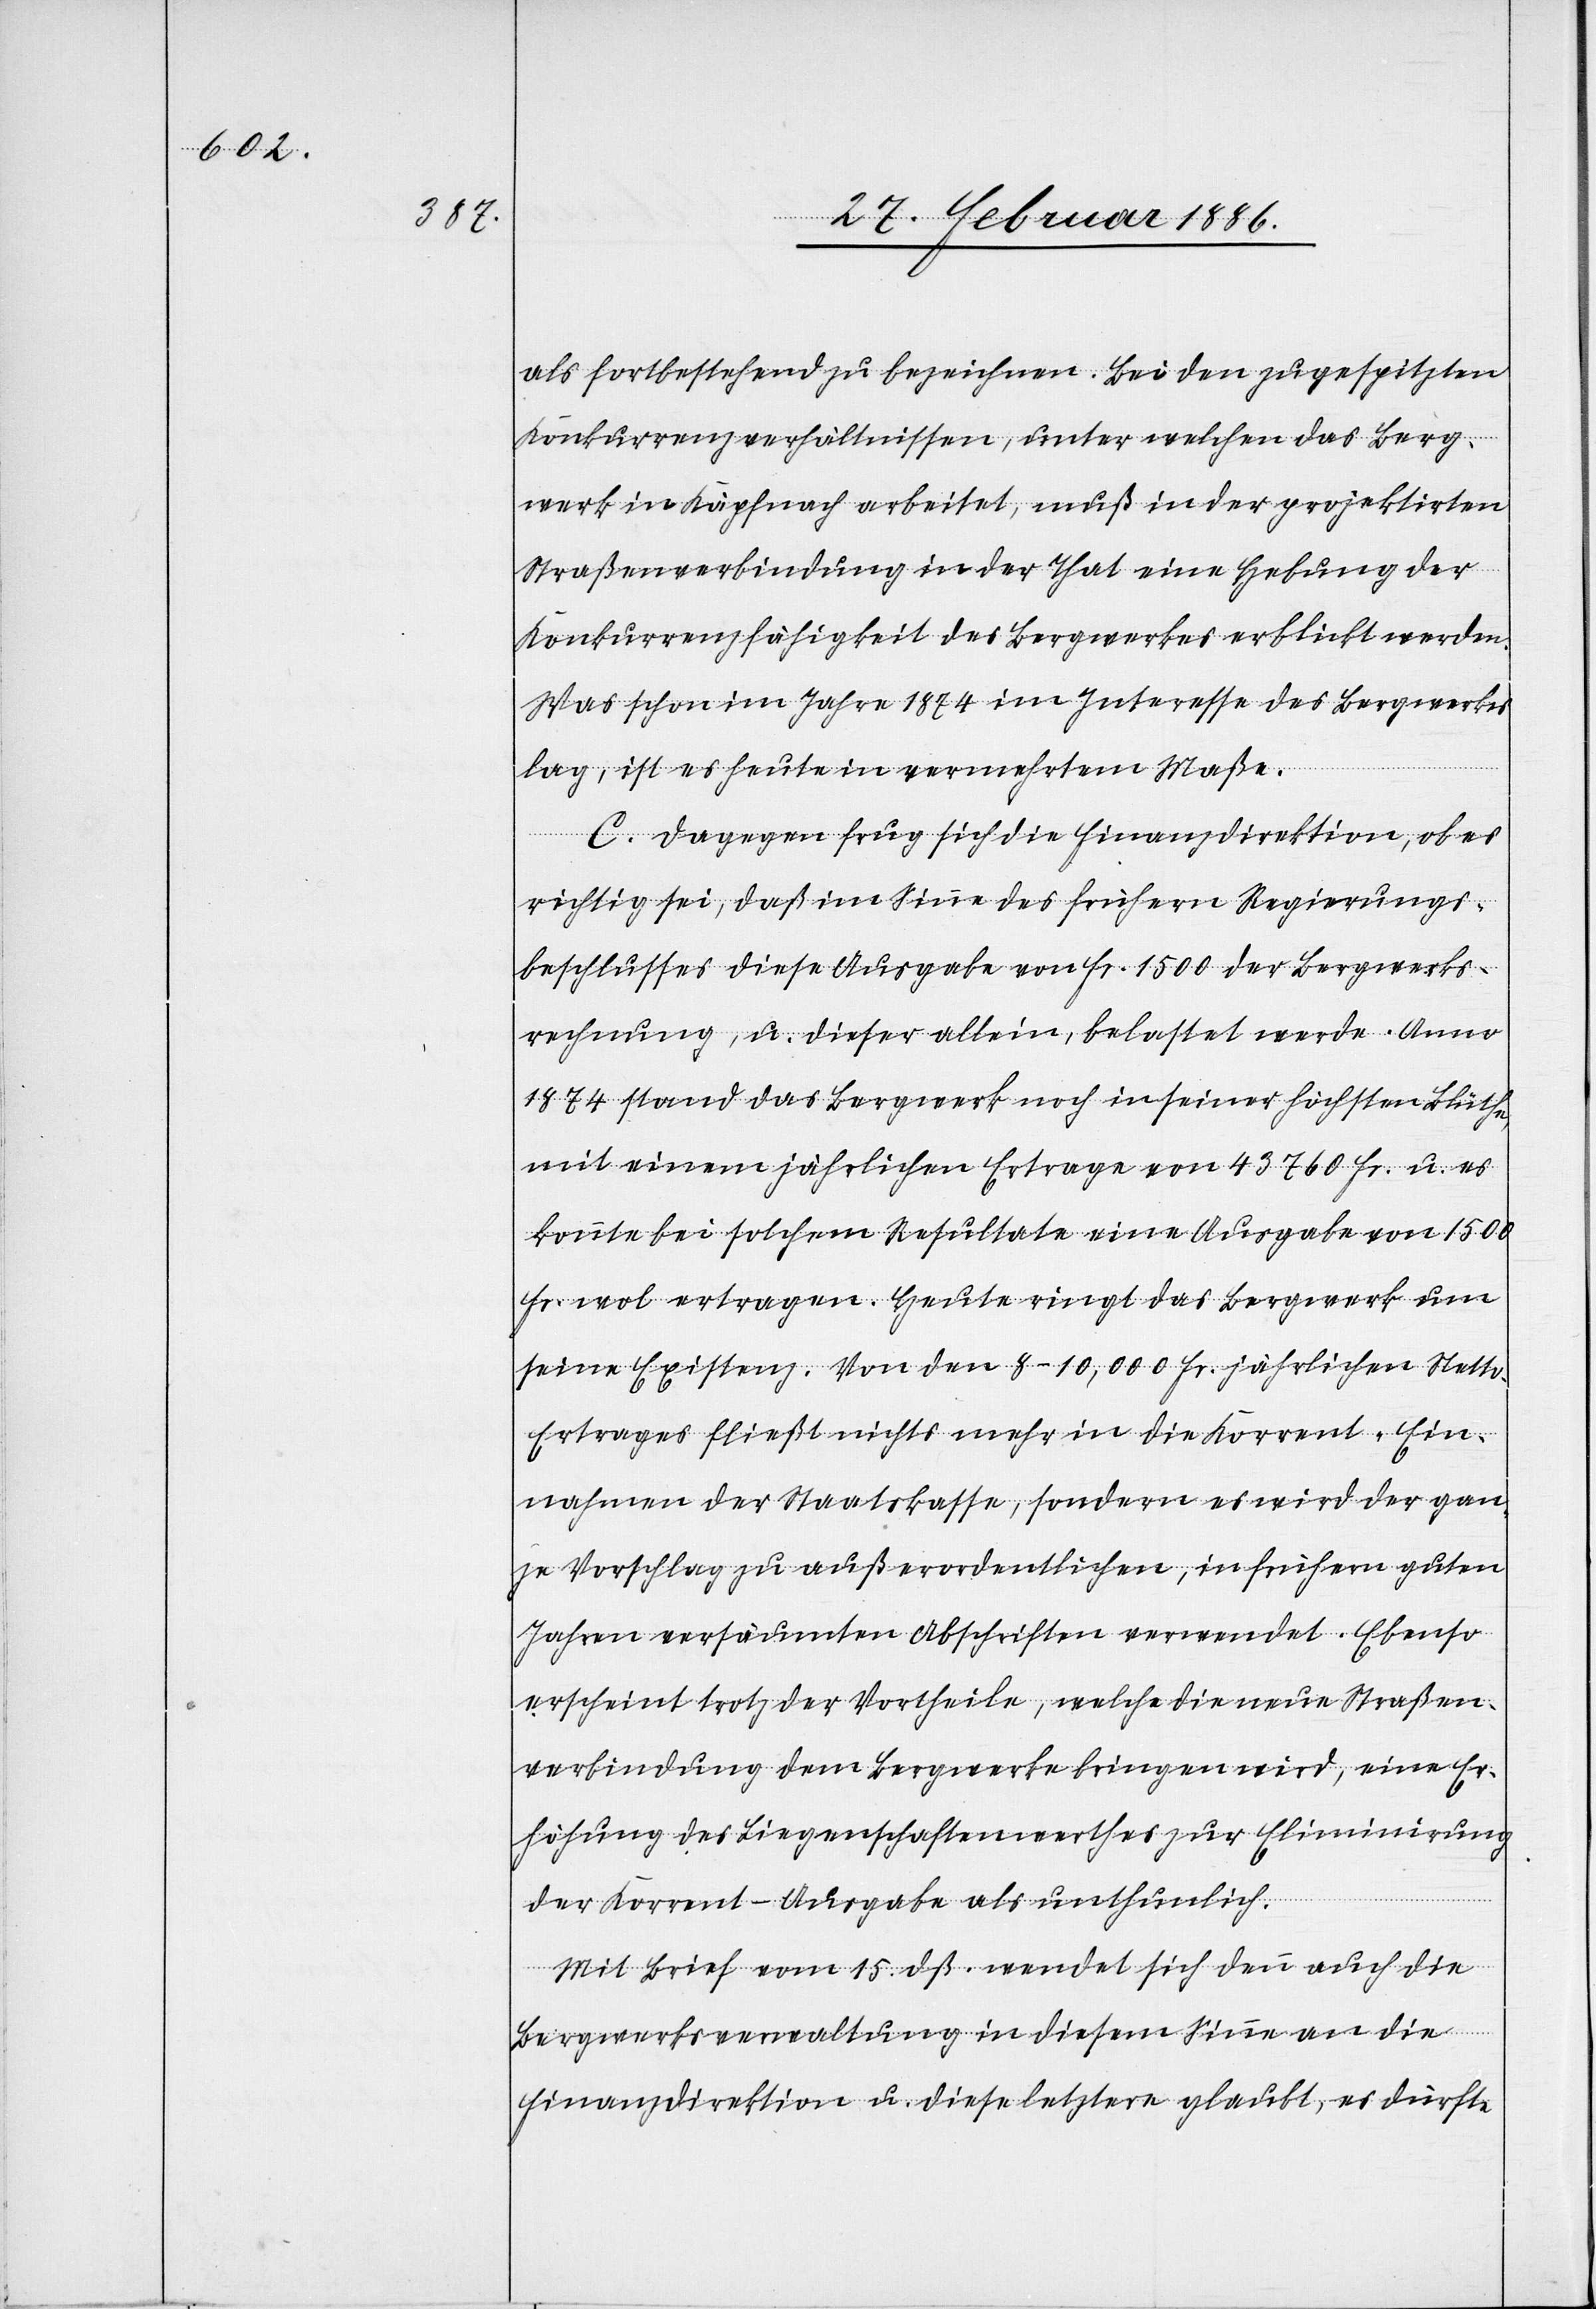
als fortbestehend zu bezeichnen. Bei den zugespitzten
Konkurrenzverhältnissen, unter welchen das Berg¬
werk in Käpfnach arbeitet, muß in der projektirten
Straßenverbindung in der That eine Hebung der
Konkurrenzfähigkeit des Bergwerks erblickt werden.
Was schon im Jahre 1874 im Interesse des Bergwerks
lag, ist es heute in vermehrtem Maße.
C. Dagegen frug sich die Finanzdirektion, ob es
richtig sei, daß im Sinne des frühern Regierungs¬
beschlusses diese Ausgabe von Fr. 1500 der Bergwerks¬
rechnung, u. dieser allein, belastet werde. Anno
1874 stand das Bergwerk noch in seiner höchsten Blüthe,
mit einem jährlichen Ertrage von 43,760 Fr. u. es
konnte bei solchem Resultate eine Ausgabe von 1500
Fr. wol ertragen. Heute ringt das Bergwerk um
seine Existenz. Von den 8–10,000 Fr. jährlichen Nett¬
o-Ertrages fließt nichts mehr in die Korrent-Ein¬
nahmen der Staatskasse, sondern es wird der gan¬
ze Vorschlag zu außerordentlichen, in frühern guten
Jahren versäumten Abschriften verwendet. Ebenso
erscheint trotz der Vortheile, welche die neue Straßen¬
verbindung dem Bergwerke bringen wird, eine Er¬
höhung des Liegenschaftenwerthes zur Eliminierung
der Korrent-Ausgabe als unthunlich.
Mit Brief vom 15. dß. wendet sich denn auch die
Bergwerksverwaltung in diesem Sinne an die
Finanzdirektion u. diese letztere glaubt, es dürfte